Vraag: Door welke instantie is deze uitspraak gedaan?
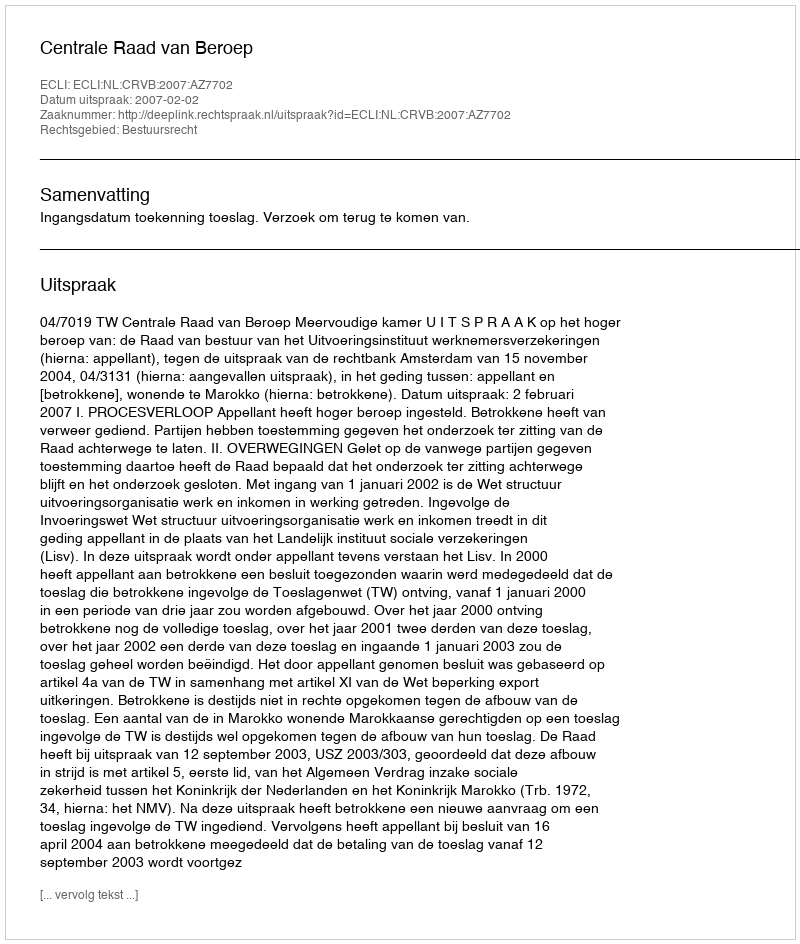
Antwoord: Centrale Raad van Beroep